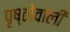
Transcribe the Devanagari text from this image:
पृष्ठोंवाली